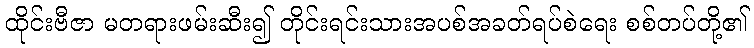
ထိုင်းဗီဇာ မတရားဖမ်းဆီး၍ တိုင်းရင်းသားအပစ်အခတ်ရပ်စဲရေး စစ်တပ်တို့၏